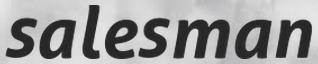
salesman